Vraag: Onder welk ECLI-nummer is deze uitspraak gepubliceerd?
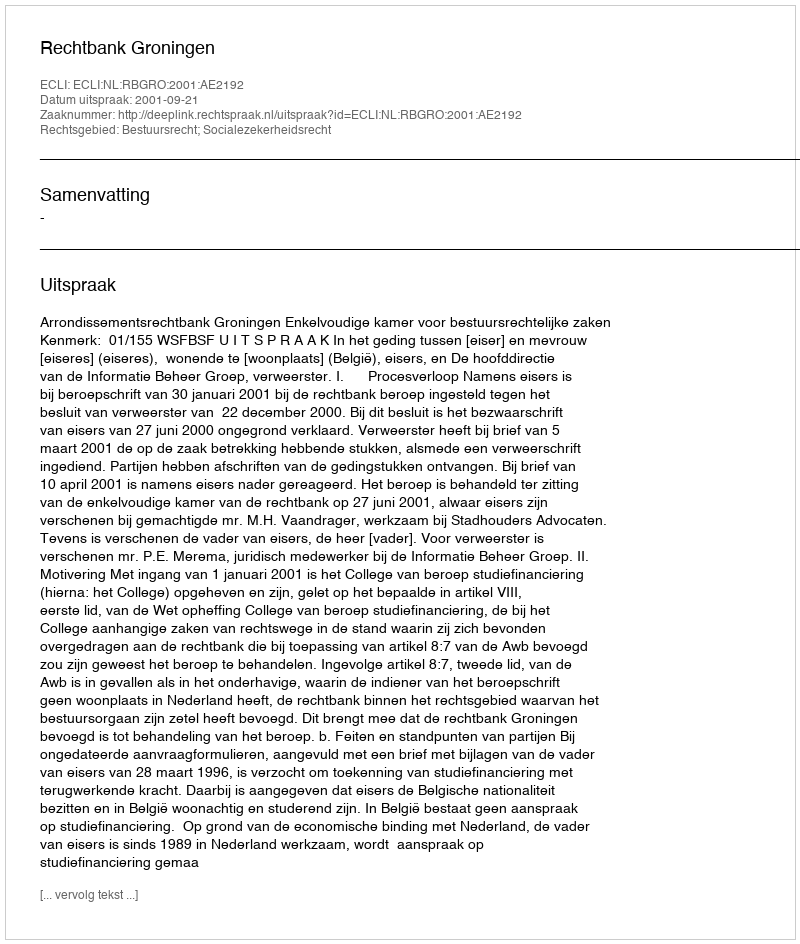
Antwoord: ECLI:NL:RBGRO:2001:AE2192